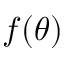
f ( \theta )